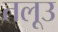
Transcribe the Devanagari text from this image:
तलूउ